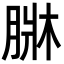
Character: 𦝆